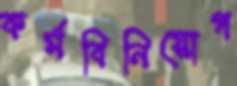
কর্মবিনিয়োগ